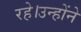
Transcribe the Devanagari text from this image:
रहे।उन्होंने